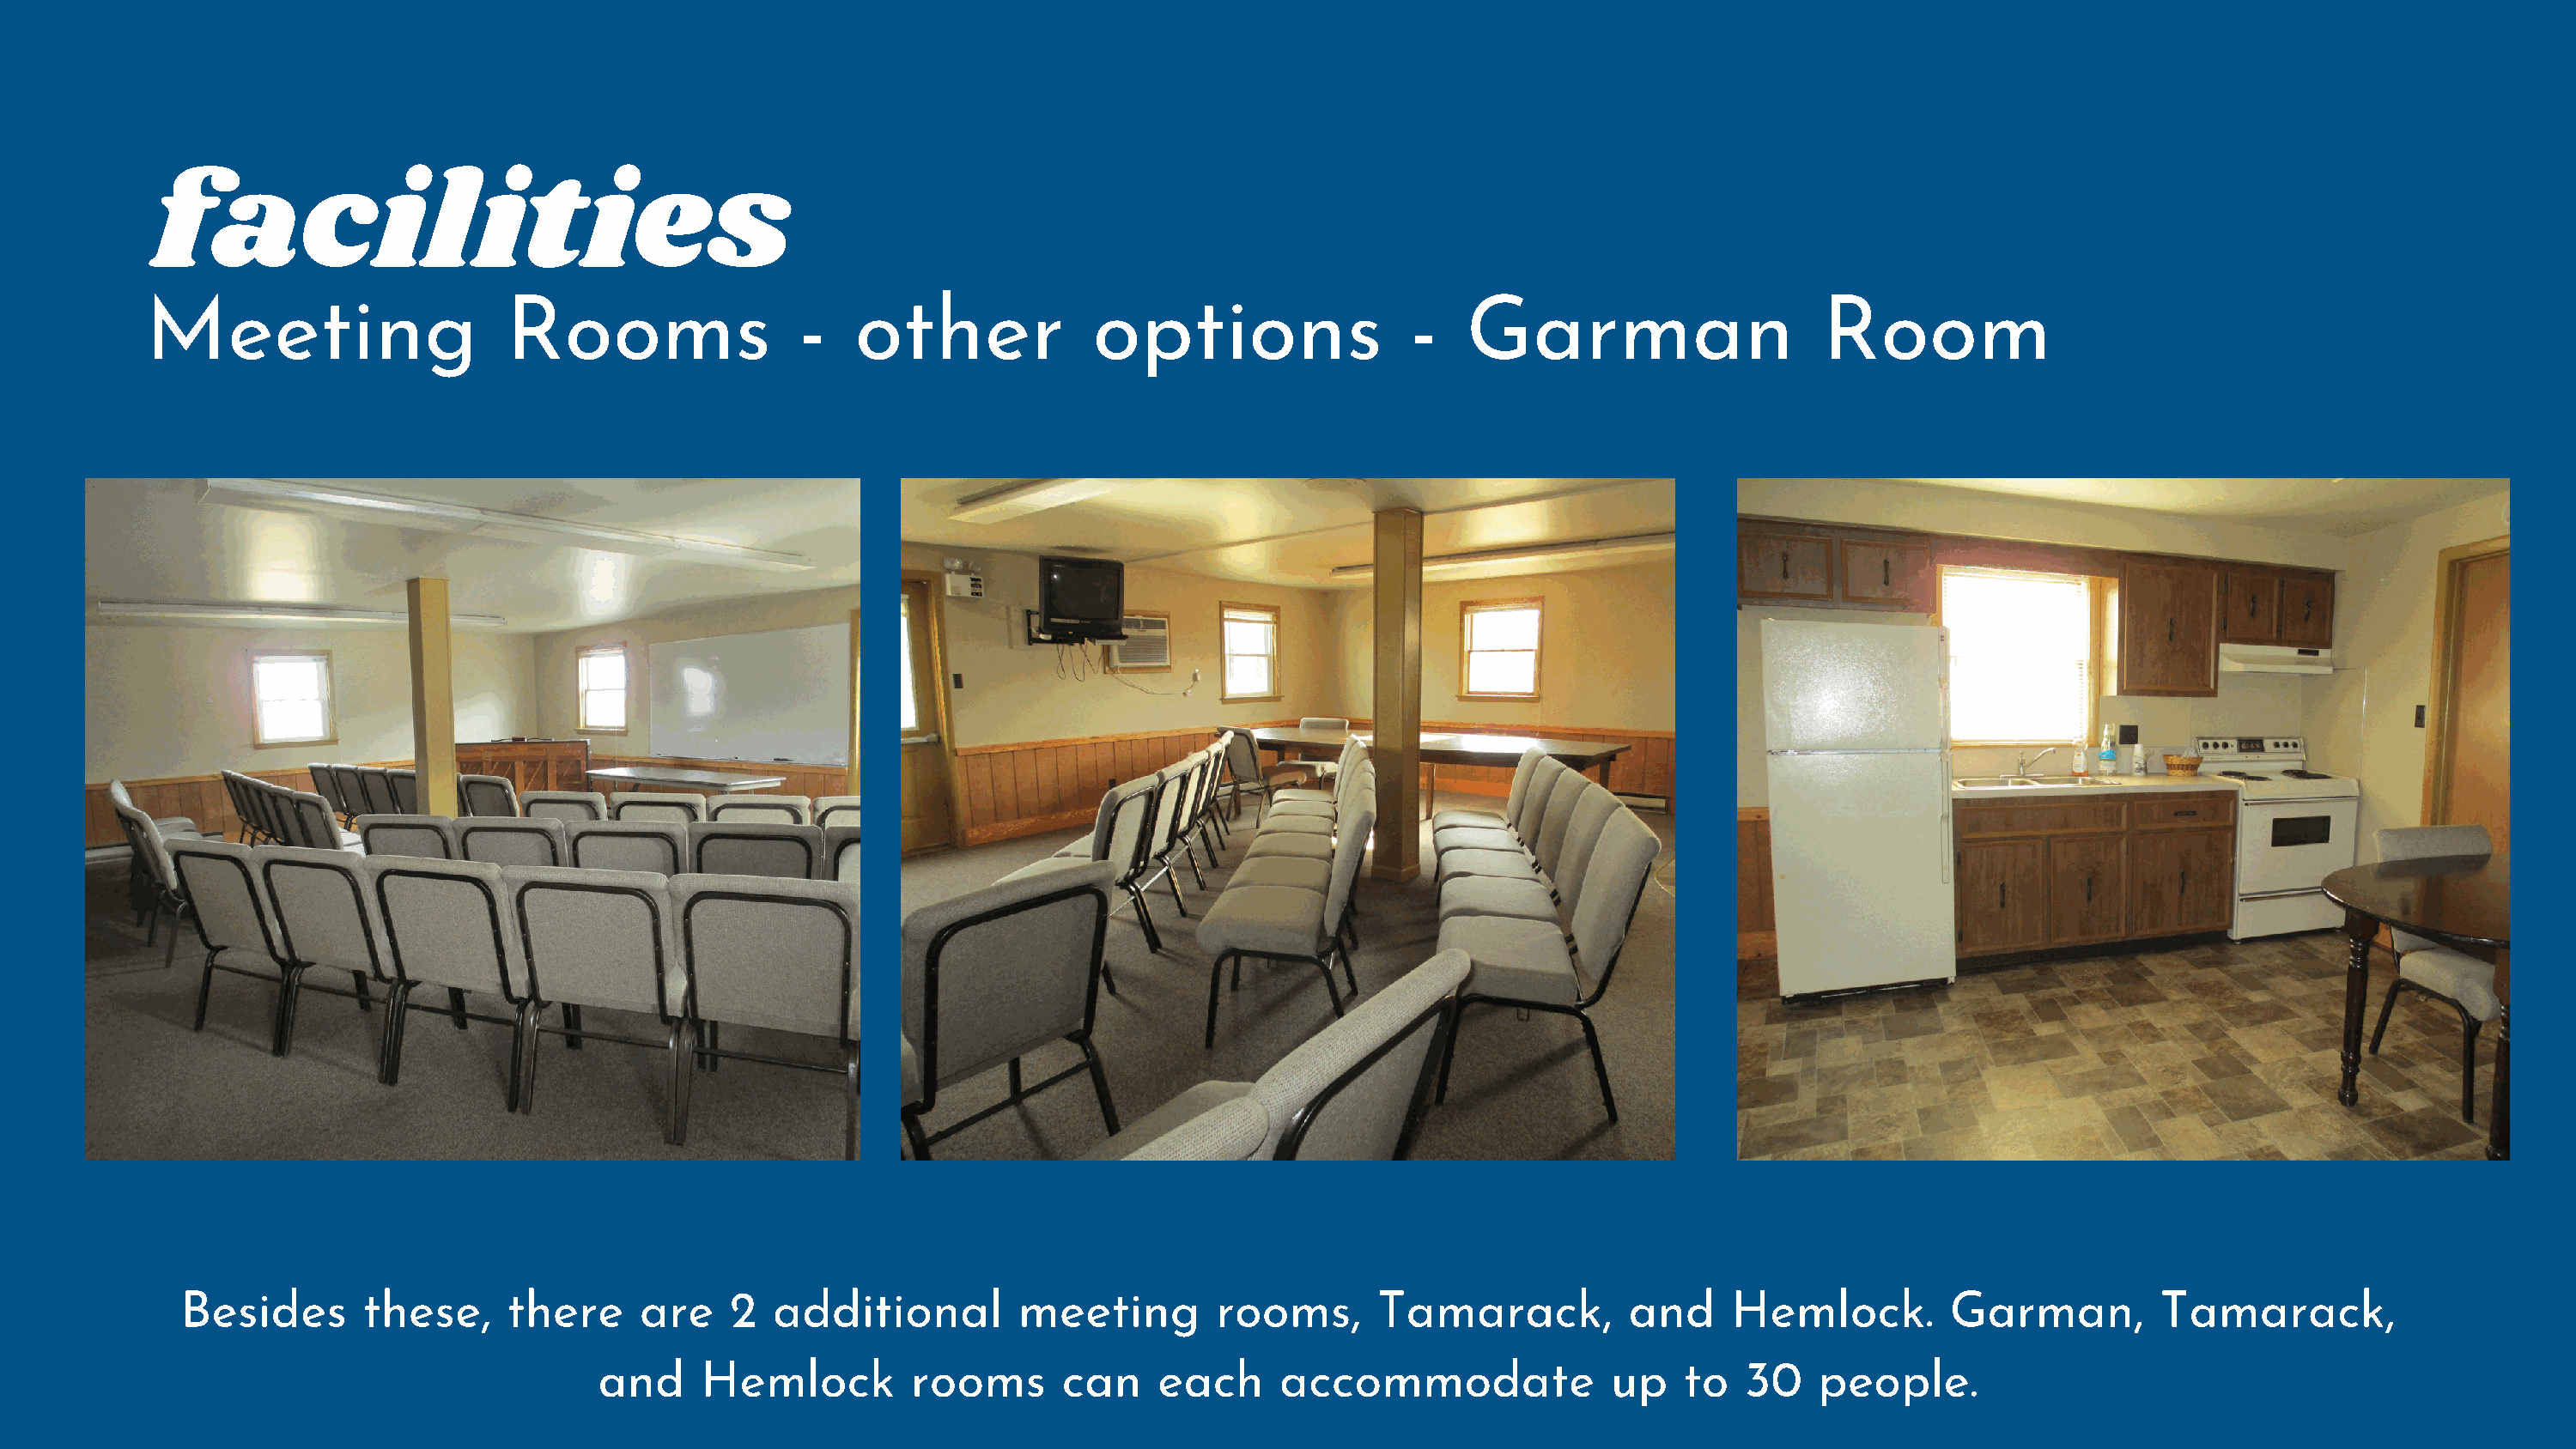
facilities
 Meeting                     Rooms                  -   other             options                  -   Garman                     Room
 Besides       these,     there     are    2   additional         meeting        rooms,      Tamarack,           and    Hemlock.         Garman,          Tamarack,
 and     Hemlock         rooms       can    each      accommodate              up    to   30   people.